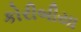
કોરીબીયા